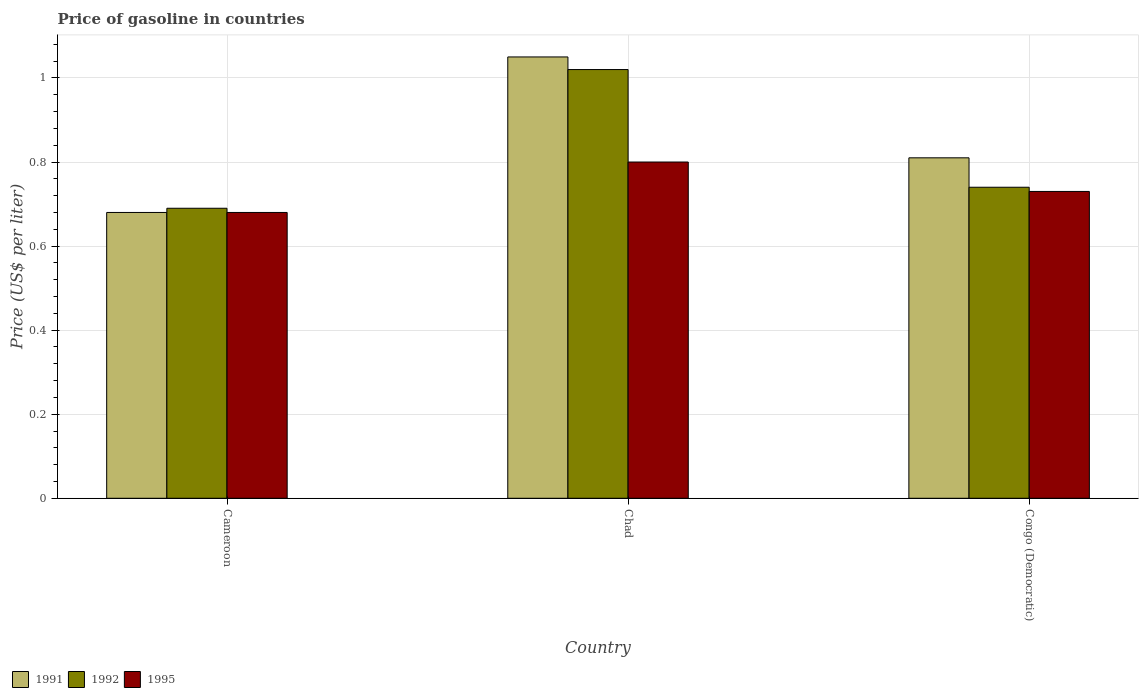
| Country | 1991 | 1992 | 1995 |
 | --- | --- | --- | --- |
 | Cameroon | 0.68 | 0.69 | 0.68 |
 | Chad | 1.05 | 1.02 | 0.8 |
 | Congo (Democratic) | 0.81 | 0.74 | 0.73 |